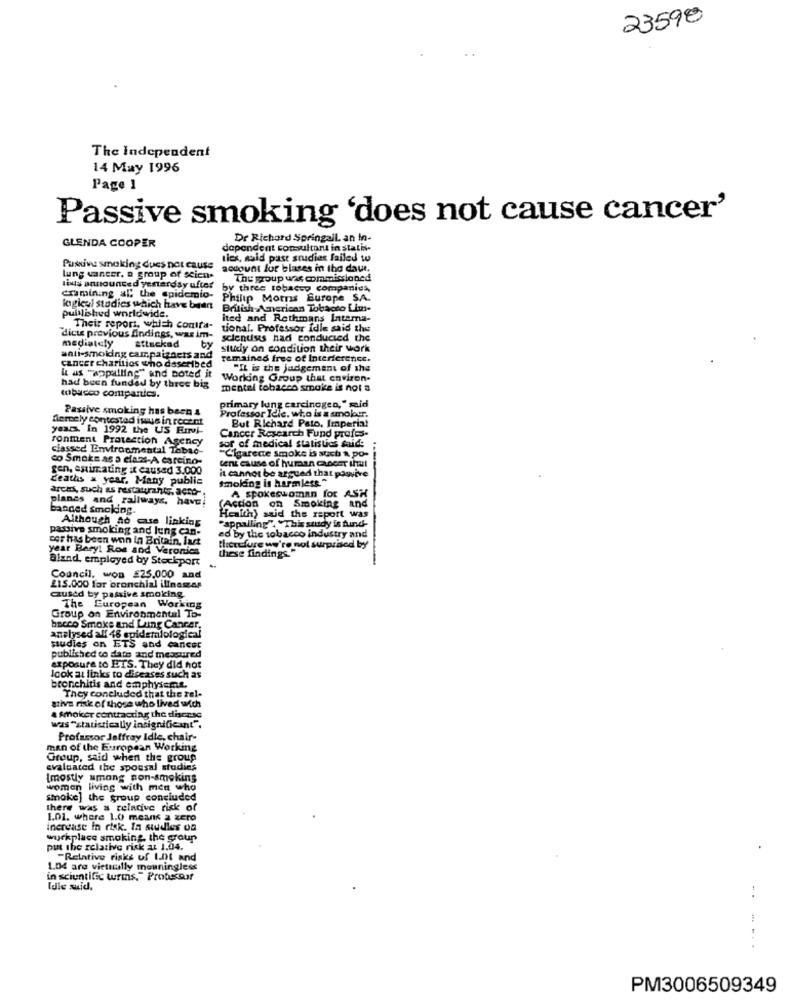
23598
The Independent
14 May 1996
Page 1
Passive smoking 'does not cause cancer'
Dr Richard Springall. an in-
GLENDA COOPER
dependent consultant in stati-
ties, maid past studiet failed w
Puskivu smoking dues not cause
account for blases in the daut.
lung cancer. a group of scien.
The group was commissioned
lis announced yenerday after
by three tobacco companies,
cramining al; the epidemio-
Philip Morris Europe S.A.
logical studies which have been
puisished worldwide.
British American Tobacco Limi-
ited and Rothmans Interna-
Their report, which contra-
tional. Professor Idle said the
dicte previous Andings, was im-
mediately
attackad
by
sclendes had conducted the
study on condition their work
anti-smoking campaigncts and
remained free of Interference.
cancer charities who described
" as "appalling" and noted it
"It is the judgement of the
Working Group that environ-
had been funded by three big
mental tobacco smake is not a
tobacco companies.
Passive smoking has been 4
primary lung carcinogen," mid
fiercely contested itus in recent
Professor Idle. who is a smoker.
But Richard Pato, Imperial
years. In 1992 the US Ervi-
Cancer Research Fund profes-
ronment Protection Agency
sor of medical statistics said:
classed Environmental Tobac-
co Smoke as a class-A carcino-
"Cigarette smoke is such a po-
tent cause of human cwocet ihal
gen, estimating it caused 3.000
it cannot be argued that pasvive
Zeaths a year. Many public
smoking is harmless."
archs, such as restaurantr. acht-
planes and rallways, have
A spokeswoman for ASH
banded smoking.
(Action
n Smoking and
Although ao case linking
Health) said the report was
passive smoking and lung can-
"appalling". "This study is Aund-
cor has been won in Britain, lust
ed by the tobacco industry and
year Bery! Roa and Veronics
therefure we're not surprised by
Bland, employed by Stockport
these findings"
Council, won £25.000 and
215.000 for bronchial ilinaszas
qused by passive smoking.
The European Working
Group on Environmental To-
becco Smoke and Lung Cancer,
analysed all 48 epidemiological
studies on ETS and cancer
published to date and measured
exposure to ETS. They did not
look at links to diseases such as
bronchitis and emphysema.
They concluded that the rel-
give rike of those who lived with
a smoker contracting the disease
was "statistically insignificant".
Professor Jaffray Idie, chair-
man of the European Working
Group, said when the group
evaluated the spousal studies
Imostly among son-smoking
women living with men who
smoke] the group concluded
there was a reincive risk of
1.01. where 1.O means a zero
increase In risk. ta studies of
workplace smoking, the group
put the relative risk at 1.04.
"Relative risks of L.DI and
1.04 are vietilly meaningless
in scientific wurms." Probscour
Idle suid.
. .
PM3006509349